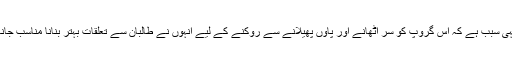
یہی سبب ہے کہ اس گروپ کو سر اٹھانے اور پاؤں پھیلانے سے روکنے کے لیے انہوں نے طالبان سے تعلقات بہتر بنانا مناسب جانا۔